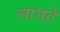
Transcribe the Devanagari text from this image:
लाभते़